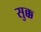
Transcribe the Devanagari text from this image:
सुक्क